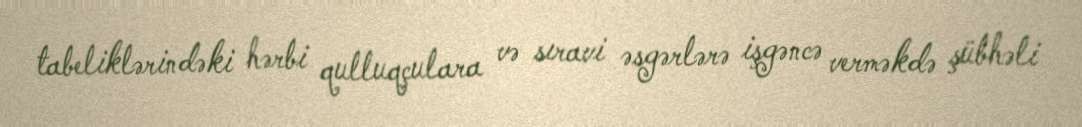
tabeliklərindəki hərbi qulluqçulara və sıravi əsgərlərə işgəncə verməkdə şübhəli